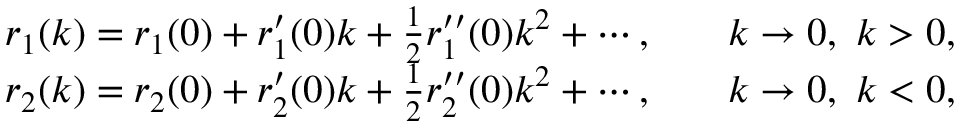
\begin{array} { r l r l } & { r _ { 1 } ( k ) = r _ { 1 } ( 0 ) + r _ { 1 } ^ { \prime } ( 0 ) k + \frac { 1 } { 2 } r _ { 1 } ^ { \prime \prime } ( 0 ) k ^ { 2 } + \cdots , } & & { k \to 0 , \ k > 0 , } \\ & { r _ { 2 } ( k ) = r _ { 2 } ( 0 ) + r _ { 2 } ^ { \prime } ( 0 ) k + \frac { 1 } { 2 } r _ { 2 } ^ { \prime \prime } ( 0 ) k ^ { 2 } + \cdots , } & & { k \to 0 , \ k < 0 , } \end{array}